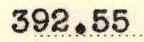
392.55